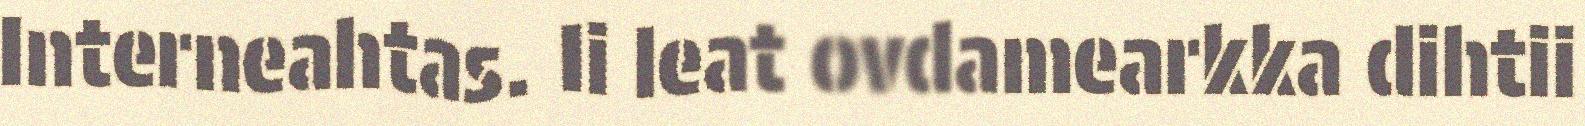
Interneahtas. Ii leat ovdamearkka dihtii